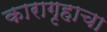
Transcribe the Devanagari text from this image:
कारागृहाचा